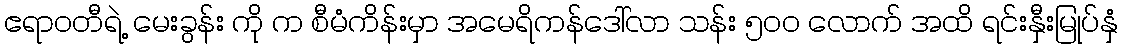
ဧရာဝတီရဲ့ မေးခွန်း ကို က စီမံကိန်းမှာ အမေရိကန်ဒေါ်လာ သန်း ၅၀ဝ လောက် အထိ ရင်းနှီးမြုပ်နှံ